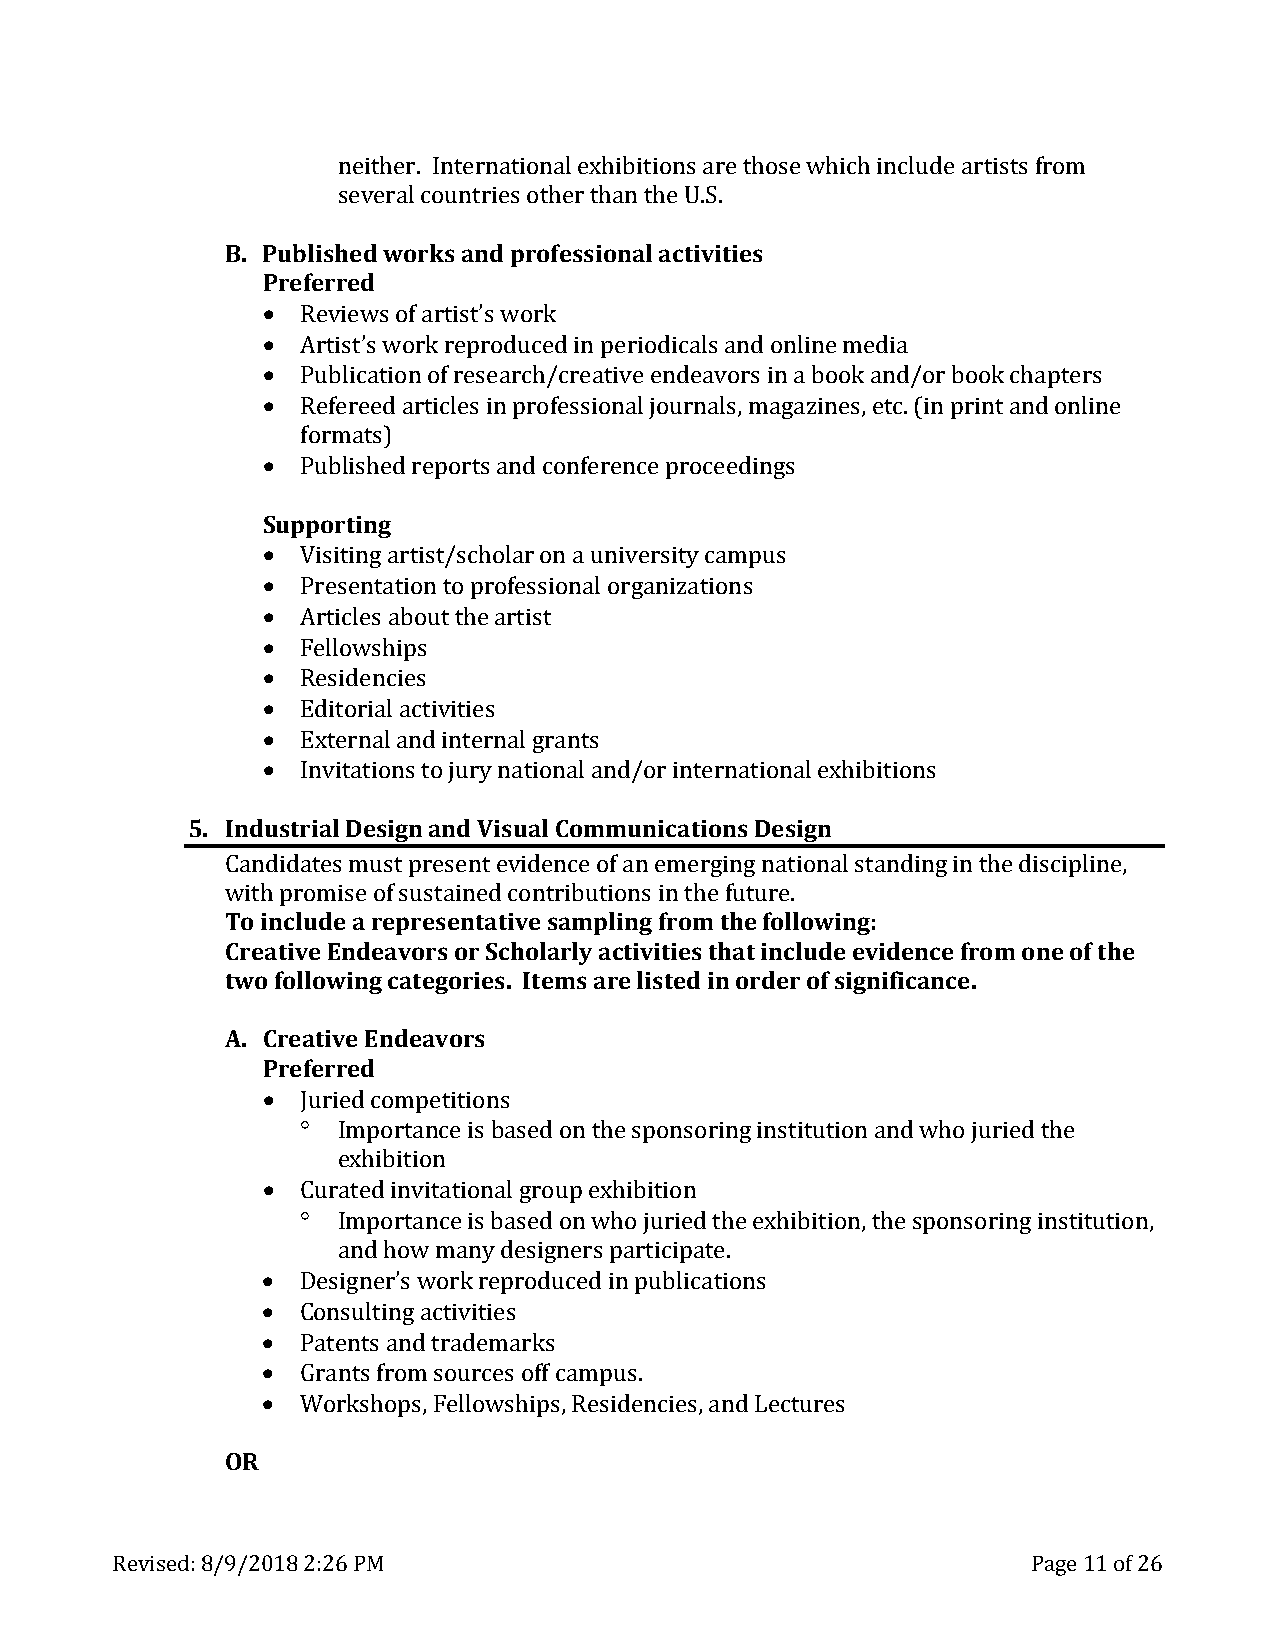
neither. International exhibitions are those which include artists from
 B. Publishseevde wraol rckosu natnrdie ps roothfeesrs tihoanna tlh aec tUi.vSi.t ies
 Preferred
 •
 •
 •  Reviews of artist’s work
 •  Artist’s work reproduced in periodicals and online media
 Publication of research/creative endeavors in a book and/or book chapters
 •  Refereed articles in professional journals, magazines, etc. (in print and online
 formats)
 SupPpuobrltiisnhge d reports and conference proceedings
 •
 •
 •  Visiting artist/scholar on a university campus
 •  Presentation to professional organizations
 •  Articles about the artist
 •  Fellowships
 •  Residencies
 •  Editorial activities
 External and internal grants
 5. IndustrIniavli tDateisoingsn t aon judr Vy insautaiol nCaolm anmdu/noric ianttieornnsa tDioensaigl enx hibitions
 CTaon idnicdlautdese ma urestp preresseenntta etivvidee snacme polfi anng efrmoemrg tihnge nfoaltlioownailn sgt:a nding in the discipline,
 wCrietha tpirvoem Einsed eoaf vsuosrtsa oinre Sdc choonltarriblyu aticotnivs iitnie tsh eth fuattu irnec.l ude evidence from one of the
 two following categories. Items are listed in order of significance.
 A. Creative Endeavors
 Preferred
 •
 °
 Juried competitions
 •    Importance is based on the sponsoring institution and who juried the
 ° exhibition
 Curated invitational group exhibition
 •    Importance is based on who juried the exhibition, the sponsoring institution,
 •    and how many designers participate.
 •  Designer’s work reproduced in publications
 •  Consulting activities
 •  Patents and trademarks
 Grants from sources off campus.
 OR   Workshops, Fellowships, Residencies, and Lectures
 Revised: 8/9/2018 2:26 PM                                    Page 11 of 26